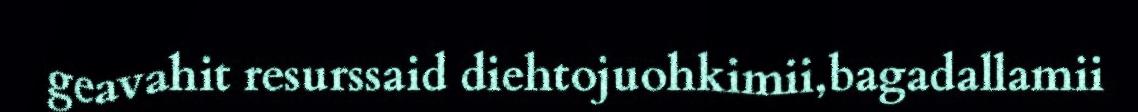
geavahit resurssaid diehtojuohkimii,bagadallamii